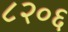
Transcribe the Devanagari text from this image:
८२०६